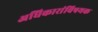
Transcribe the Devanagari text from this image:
अधिकारांविषयक